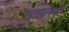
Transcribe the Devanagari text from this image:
उङते